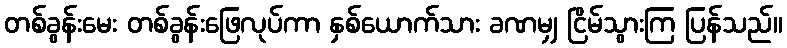
တစ်ခွန်းမေး တစ်ခွန်းဖြေလုပ်ကာ နှစ်ယောက်သား ခဏမျှ ငြိမ်သွားကြ ပြန်သည်။